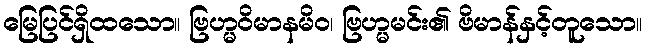
မြေပြင်ရှိထသော။ ဗြဟ္မဝိမာနမိဝ၊ ဗြဟ္မမင်း၏ ဗိမာန်နှင့်တူသော။